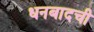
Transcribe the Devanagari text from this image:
धनबादची